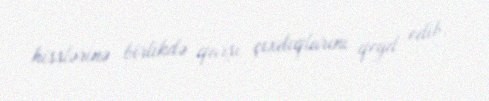
hisslərinə birlikdə qarşı çıxdıqlarını qeyd edib.